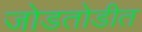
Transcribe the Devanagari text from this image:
जोडतोडीत